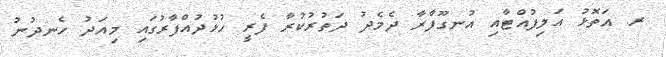
ރ. އަތޮޅު އަލިފުއްޓާއި އުނގޫފާރާ ދެމެދު ދަތުރުކުރާ ފެރީ ހުޅުދުއްފާރުގައި މިއަދު ހެނދުނު